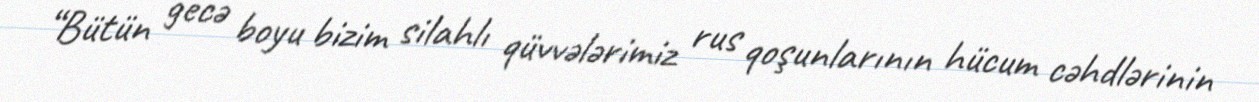
“Bütün gecə boyu bizim silahlı qüvvələrimiz rus qoşunlarının hücum cəhdlərinin